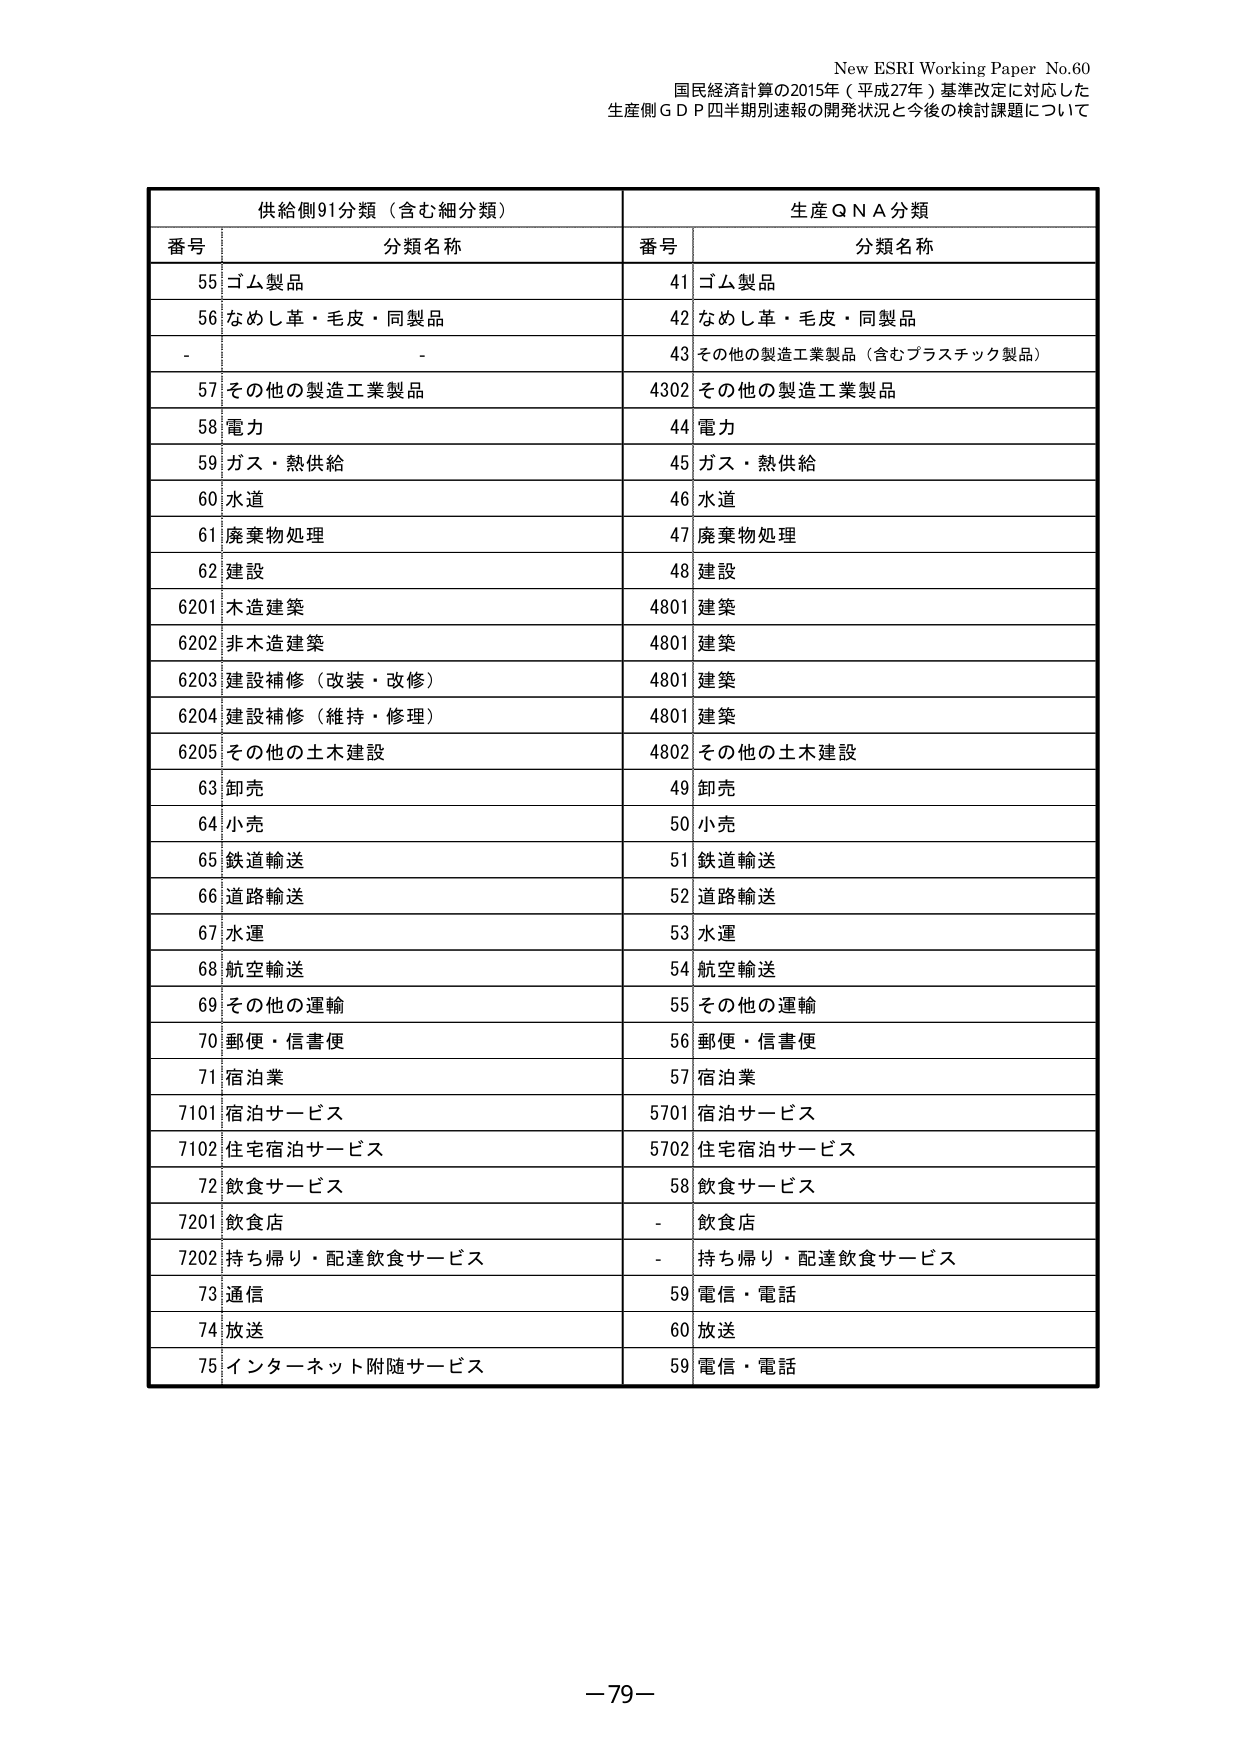
New ESRI Working Paper No.60
国民経済計算の2015年（平成27年）基準改定に対応した
生産側ＧＤＰ四半期別速報の開発状況と今後の検討課題について

供給側91分類（含む細分類）　　　　　　　　　　生産QNA分類
番号　　　分類名称　　　　　　　　　　　　　　番号　　　分類名称
55　ゴム製品　　　　　　　　　　　　　　　　41　ゴム製品
56　なめし革・毛皮・同製品　　　　　　　　　42　なめし革・毛皮・同製品
-　-　　　　　　　　　　　　　　　　　　　　43　その他の製造工業製品（含むプラスチック製品）
57　その他の製造工業製品　　　　　　　　　　4302　その他の製造工業製品
58　電力　　　　　　　　　　　　　　　　　　44　電力
59　ガス・熱供給　　　　　　　　　　　　　　45　ガス・熱供給
60　水道　　　　　　　　　　　　　　　　　　46　水道
61　廃棄物処理　　　　　　　　　　　　　　　47　廃棄物処理
62　建設　　　　　　　　　　　　　　　　　　48　建設
6201　木造建築　　　　　　　　　　　　　　　4801　建築
6202　非木造建築　　　　　　　　　　　　　　4801　建築
6203　建設補修（改装・改修）　　　　　　　　4801　建築
6204　建設補修（維持・修理）　　　　　　　　4801　建築
6205　その他の土木建設　　　　　　　　　　　4802　その他の土木建設
63　卸売　　　　　　　　　　　　　　　　　　49　卸売
64　小売　　　　　　　　　　　　　　　　　　50　小売
65　鉄道輸送　　　　　　　　　　　　　　　　51　鉄道輸送
66　道路輸送　　　　　　　　　　　　　　　　52　道路輸送
67　水運　　　　　　　　　　　　　　　　　　53　水運
68　航空輸送　　　　　　　　　　　　　　　　54　航空輸送
69　その他の運輸　　　　　　　　　　　　　　55　その他の運輸
70　郵便・信書便　　　　　　　　　　　　　　56　郵便・信書便
71　宿泊業　　　　　　　　　　　　　　　　　57　宿泊業
7101　宿泊サービス　　　　　　　　　　　　　5701　宿泊サービス
7102　住宅宿泊サービス　　　　　　　　　　　5702　住宅宿泊サービス
72　飲食サービス　　　　　　　　　　　　　　58　飲食サービス
7201　飲食店　　　　　　　　　　　　　　　　-　飲食店
7202　持ち帰り・配達飲食サービス　　　　　　-　持ち帰り・配達飲食サービス
73　通信　　　　　　　　　　　　　　　　　　59　電信・電話
74　放送　　　　　　　　　　　　　　　　　　60　放送
75　インターネット附随サービス　　　　　　　59　電信・電話

－79－